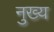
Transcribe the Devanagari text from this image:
नुख्य